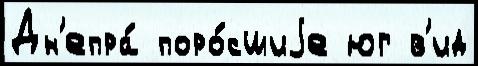
Дн'епра́ поро́сшиjе юг в'ид